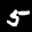
Label: 5